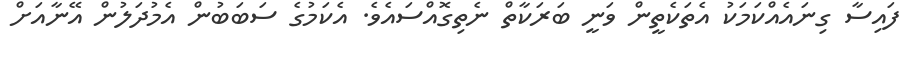
ފައިސާ ގިނައެއްކަމަކު އެތަކެތީން ވަނީ ބަރަކާތް ނެތިގޮއްސައެވެ. އެކަމުގެ ސަބަބުން އެމުދަލުން އޭނާއަށް